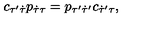
c _ { \tau ^ { \prime } \dot { \tau } } p _ { \dot { \tau } \tau } = p _ { \tau ^ { \prime } \dot { \tau } ^ { \prime } } c _ { \dot { \tau } ^ { \prime } \tau } ,